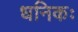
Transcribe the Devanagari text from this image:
धनिकः